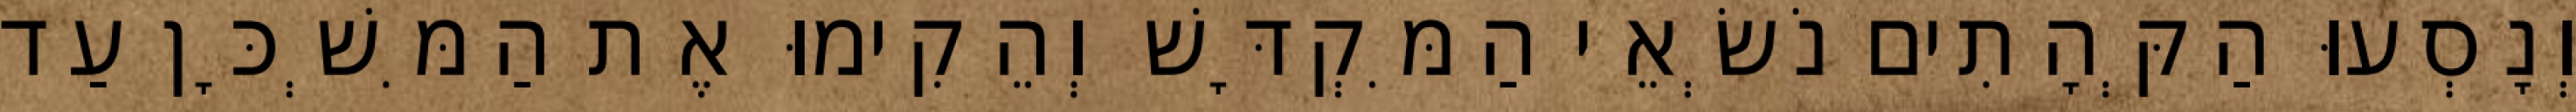
וְנָסְעוּ הַקְּהָתִים נֹשְׂאֵי הַמִּקְדָּשׁ וְהֵקִימוּ אֶת הַמִּשְׁכָּן עַד